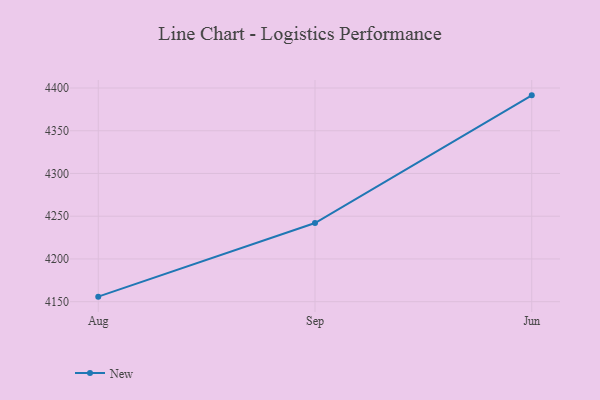
{"axis": {"x": "Month", "y": "Satisfaction Score"}, "legend": ["New"], "data": [{"x": "Aug", "y": 4155.9, "type": "New"}, {"x": "Sep", "y": 4242.0, "type": "New"}, {"x": "Jun", "y": 4391.4, "type": "New"}]}